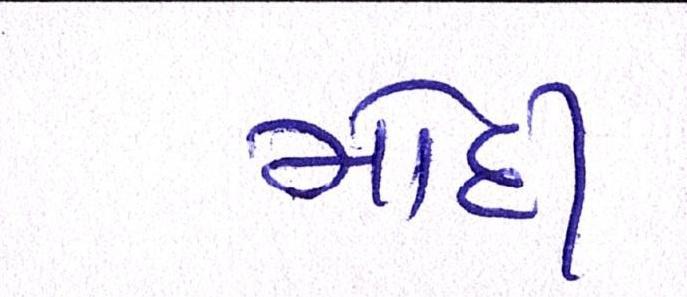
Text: મોદી